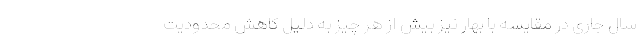
سال جاری در مقایسه با بهار نیز بیش از هر چیز به دلیل کاهش محدودیت